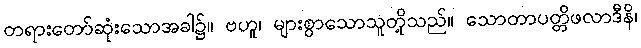
တရားတော်ဆုံးသောအခါ၌။ ဗဟူ၊ များစွာသောသူတို့သည်။ သောတာပတ္တိဖလာဒီနိ၊